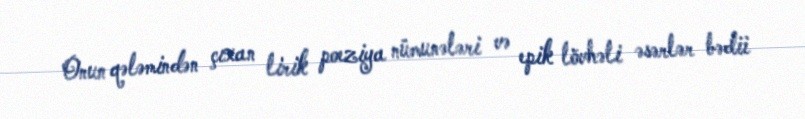
Onun qələmindən çıxan lirik poeziya nümunələri və epik lövhəli əsərlər bədii